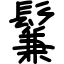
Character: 鬑